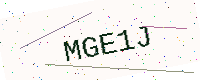
Text: MGE1J